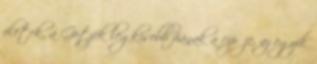
életek, a Götzék legkisebb fiának a cipője, az egyik